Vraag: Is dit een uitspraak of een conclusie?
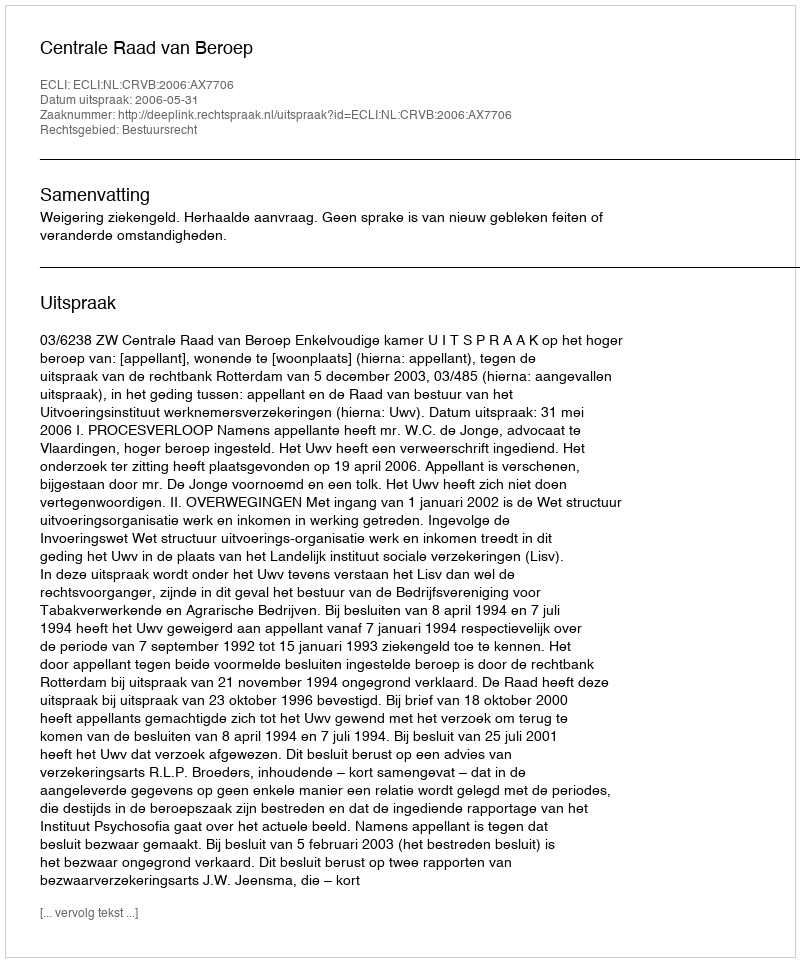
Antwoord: Uitspraak